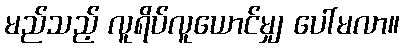
မည်သည့် လူရိပ်လူယောင်မျှ ပေါ်မလာ။